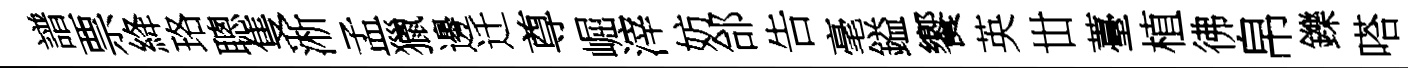
譜票絳珞聰隻淅孟獵邊迁尊崛滓妨郃告毫鎰饗英丗薹植彿帛鑠嗒